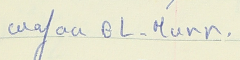
Wafaa EL-Murr